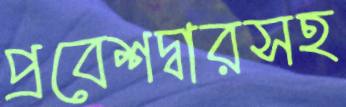
প্রবেশদ্বারসহ